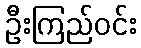
ဦးကြည်ဝင်း